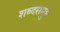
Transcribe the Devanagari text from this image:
शब्दसमुह